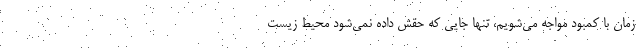
زمان با کمبود مواجه می‌شویم، تنها جایی که حقش داده نمی‌شود محیط زیست